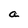
Character: a